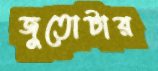
জুতোটার